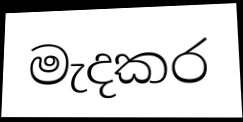
මැදකර